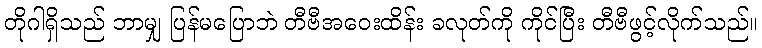
တိုဂါရှိသည် ဘာမျှ ပြန်မပြောဘဲ တီဗီအဝေးထိန်း ခလုတ်ကို ကိုင်ပြီး တီဗီဖွင့်လိုက်သည်။